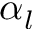
\alpha _ { l }